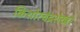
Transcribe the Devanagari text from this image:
किशोरचंद्रशेखरे